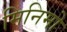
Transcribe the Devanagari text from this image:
मिनिमो